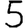
Digit: 5